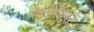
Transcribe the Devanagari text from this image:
नेटीविस्ट